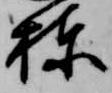
棟